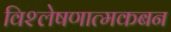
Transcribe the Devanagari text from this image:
विश्लेषणात्मकबन